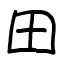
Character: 田